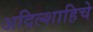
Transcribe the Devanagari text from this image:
अदिल्शाहिचे